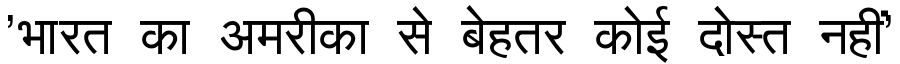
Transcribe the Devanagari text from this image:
'भारत का अमरीका से बेहतर कोई दोस्त नहीं'